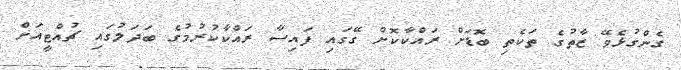
ގެންގުޅެވޭ ޒާތުގެ ތަކެތި ބޮޑަށް ރައްކާކޮށް ގޭގައި ފައިސާ ރައްކާކުރުމުގެ ބަދަލުގައި ޗުއްޓީއަށް